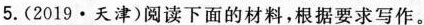
5.(2019·天津)阅读下面的材料，根据要求写作。